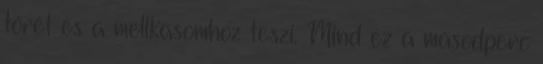
tőrét és a mellkasomhoz teszi. Mind ez a másodperc